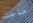
مباحث